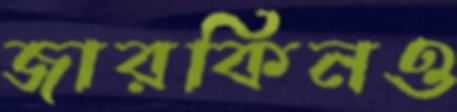
জারকিনও